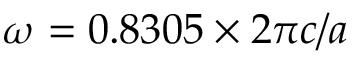
\omega = 0 . 8 3 0 5 \times 2 \pi c / a